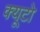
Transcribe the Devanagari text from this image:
क्यूटो